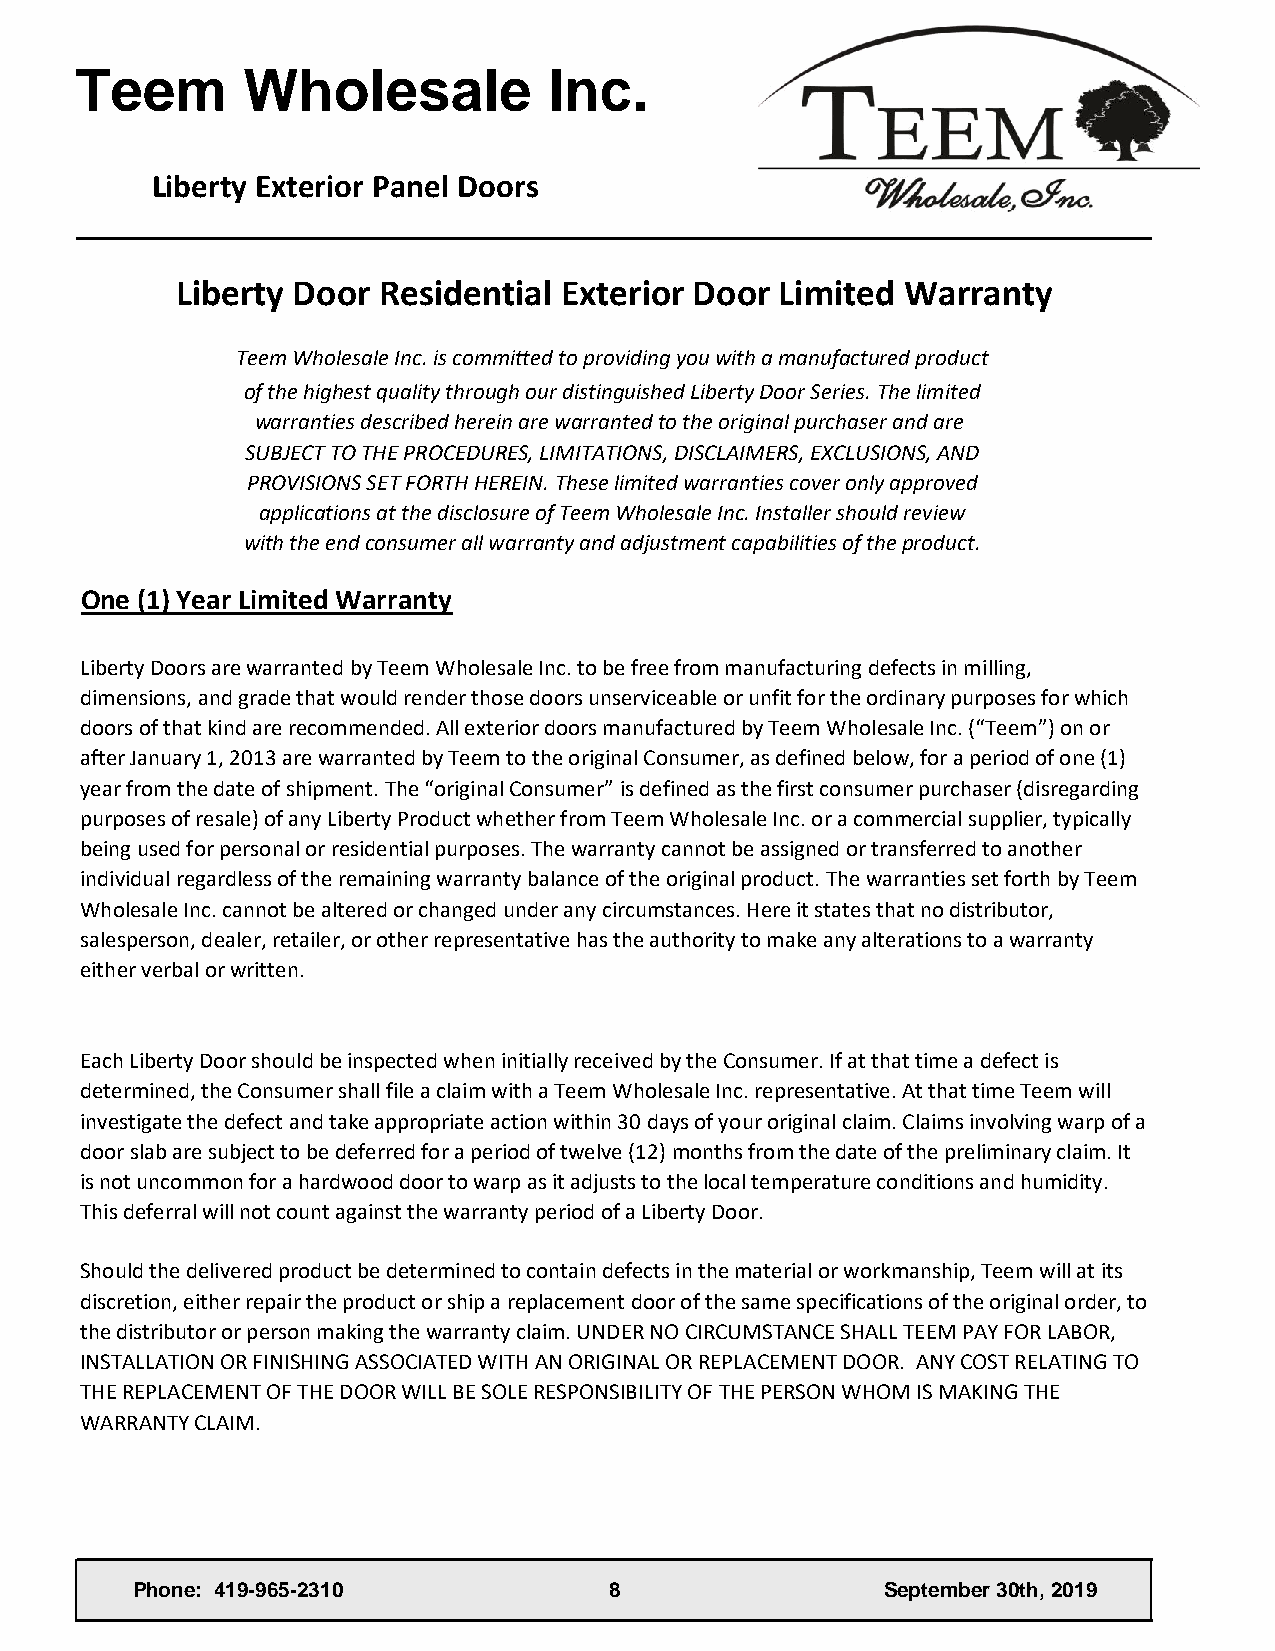
Teem       Wholesale           Inc.
 Liberty Exterior Panel Doors
 Liberty Door Residential Exterior Door  Limited Warranty
 Teem Wholesale Inc. is committed to providing you with a manufactured product
 of the highest quality through our distinguished Liberty Door Series. The limited
 warranties described herein are warranted to the original purchaser and are
 SUBJECT TO THE PROCEDURES, LIMITATIONS, DISCLAIMERS, EXCLUSIONS, AND
 PROVISIONS SET FORTH HEREIN. These limited warranties cover only approved
 applications at the disclosure of Teem Wholesale Inc. Installer should review
 with the end consumer all warranty and adjustment capabilities of the product.
 One (1) Year Limited Warranty
 Liberty Doors are warranted by Teem Wholesale Inc. to be free from manufacturing defects in milling,
 dimensions, and grade that would render those doors unserviceable or unfit for the ordinary purposes for which
 doors of that kind are recommended. All exterior doors manufactured by Teem Wholesale Inc. (“Teem”) on or
 after January 1, 2013 are warranted by Teem to the original Consumer, as defined below, for a period of one (1)
 year from the date of shipment. The “original Consumer” is defined as the first consumer purchaser (disregarding
 purposes of resale) of any Liberty Product whether from Teem Wholesale Inc. or a commercial supplier, typically
 being used for personal or residential purposes. The warranty cannot be assigned or transferred to another
 individual regardless of the remaining warranty balance of the original product. The warranties set forth by Teem
 Wholesale Inc. cannot be altered or changed under any circumstances. Here it states that no distributor,
 salesperson, dealer, retailer, or other representative has the authority to make any alterations to a warranty
 either verbal or written.
 Each Liberty Door should be inspected when initially received by the Consumer. If at that time a defect is
 determined, the Consumer shall file a claim with a Teem Wholesale Inc. representative. At that time Teem will
 investigate the defect and take appropriate action within 30 days of your original claim. Claims involving warp of a
 door slab are subject to be deferred for a period of twelve (12) months from the date of the preliminary claim. It
 is not uncommon for a hardwood door to warp as it adjusts to the local temperature conditions and humidity.
 This deferral will not count against the warranty period of a Liberty Door.
 Should the delivered product be determined to contain defects in the material or workmanship, Teem will at its
 discretion, either repair the product or ship a replacement door of the same specifications of the original order, to
 the distributor or person making the warranty claim. UNDER NO CIRCUMSTANCE SHALL TEEM PAY FOR LABOR,
 INSTALLATION OR FINISHING ASSOCIATED WITH AN ORIGINAL OR REPLACEMENT DOOR. ANY COST RELATING TO
 THE REPLACEMENT OF THE DOOR WILL BE SOLE RESPONSIBILITY OF THE PERSON WHOM IS MAKING THE
 WARRANTY CLAIM.
 Phone: 419-965-2310            8                  September 30th, 2019